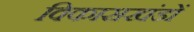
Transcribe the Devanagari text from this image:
विकासखंडों